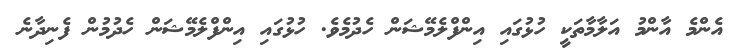
އެންމެ އާންމު އަލާމާތަކީ ހުޅުގައި އިންފްލެމޭޝަން ހެދުމެވެ. ހުޅުގައި އިންފްލެމޭޝަން ހެދުމުން ފެނިދާނެ